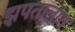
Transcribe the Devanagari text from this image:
झपतालात